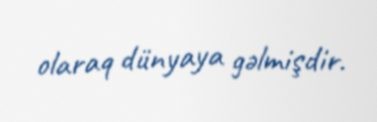
olaraq dünyaya gəlmişdir.